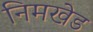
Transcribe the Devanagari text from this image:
निमखेड